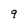
Character: 9